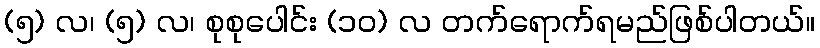
(၅) လ၊ (၅) လ၊ စုစုပေါင်း (၁၀) လ တက်ရောက်ရမည်ဖြစ်ပါတယ်။